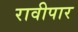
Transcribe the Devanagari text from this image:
रावीपार